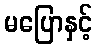
မပြောနှင့်